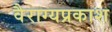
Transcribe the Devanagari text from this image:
वैराग्यप्रकाश